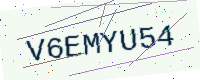
Text: V6EMYU54